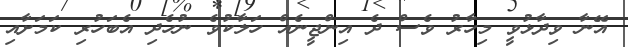
އޭނާ ވިދާޅުވީ މިހާރު ވެސް ދެ އިންޖީނެއް ހަލާކުވެ ނުހެދި އެބަހުރި ކަމަށާއި